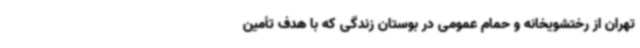
تهران از رختشویخانه و حمام عمومی در بوستان زندگی که با هدف تأمین